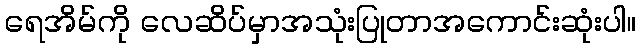
ရေအိမ်ကို လေဆိပ်မှာအသုံးပြုတာအကောင်းဆုံးပါ။